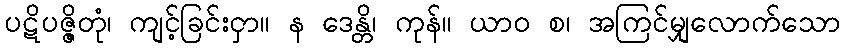
ပဋိပဇ္ဇိတုံ၊ ကျင့်ခြင်းငှာ။ န ဒေန္တိ၊ ကုန်။ ယာဝ စ၊ အကြင်မျှလောက်သော